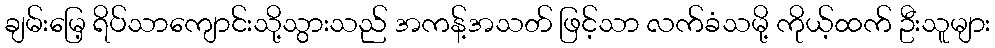
ချမ်းမြေ့ ရိပ်သာကျောင်းသို့သွားသည် အကန့်အသတ် ဖြင့်သာ လက်ခံသမို့ ကိုယ့်ထက် ဦးသူများ